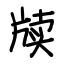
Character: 牍